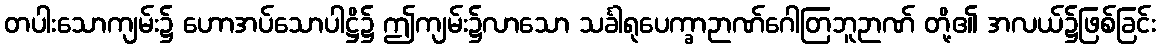
တပါးသောကျမ်း၌ ဟောအပ်သောပါဋ္ဌိ၌ ဤကျမ်း၌လာသော သင်္ခါရုပေက္ခာဉာဏ်ဂေါတြဘူဉာဏ် တို့၏ အလယ်၌ဖြစ်ခြင်း